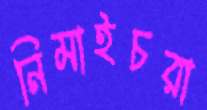
নিমাইচরা